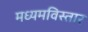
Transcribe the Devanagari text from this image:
मध्यमविस्तार